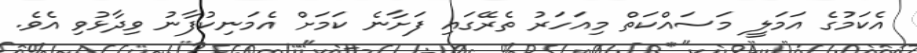
އެކަމުގެ އަމަލީ މަސައްކަތް މިއަހަރު ތެރޭގައި ފަށާނެ ކަމަށް އެމަނިކުފާނު ވިދާޅުވި އެވެ.